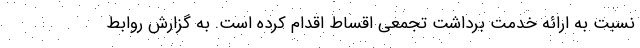
نسبت به ارائه خدمت برداشت تجمعی اقساط اقدام کرده است. به گزارش روابط